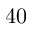
4 0